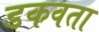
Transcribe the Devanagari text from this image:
डकवता